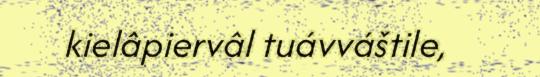
kielâpiervâl tuávváštile,